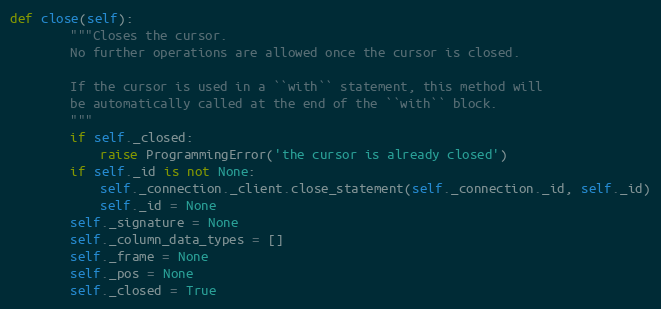
Language: Python
def close(self):
        """Closes the cursor.
        No further operations are allowed once the cursor is closed.

        If the cursor is used in a ``with`` statement, this method will
        be automatically called at the end of the ``with`` block.
        """
        if self._closed:
            raise ProgrammingError('the cursor is already closed')
        if self._id is not None:
            self._connection._client.close_statement(self._connection._id, self._id)
            self._id = None
        self._signature = None
        self._column_data_types = []
        self._frame = None
        self._pos = None
        self._closed = True